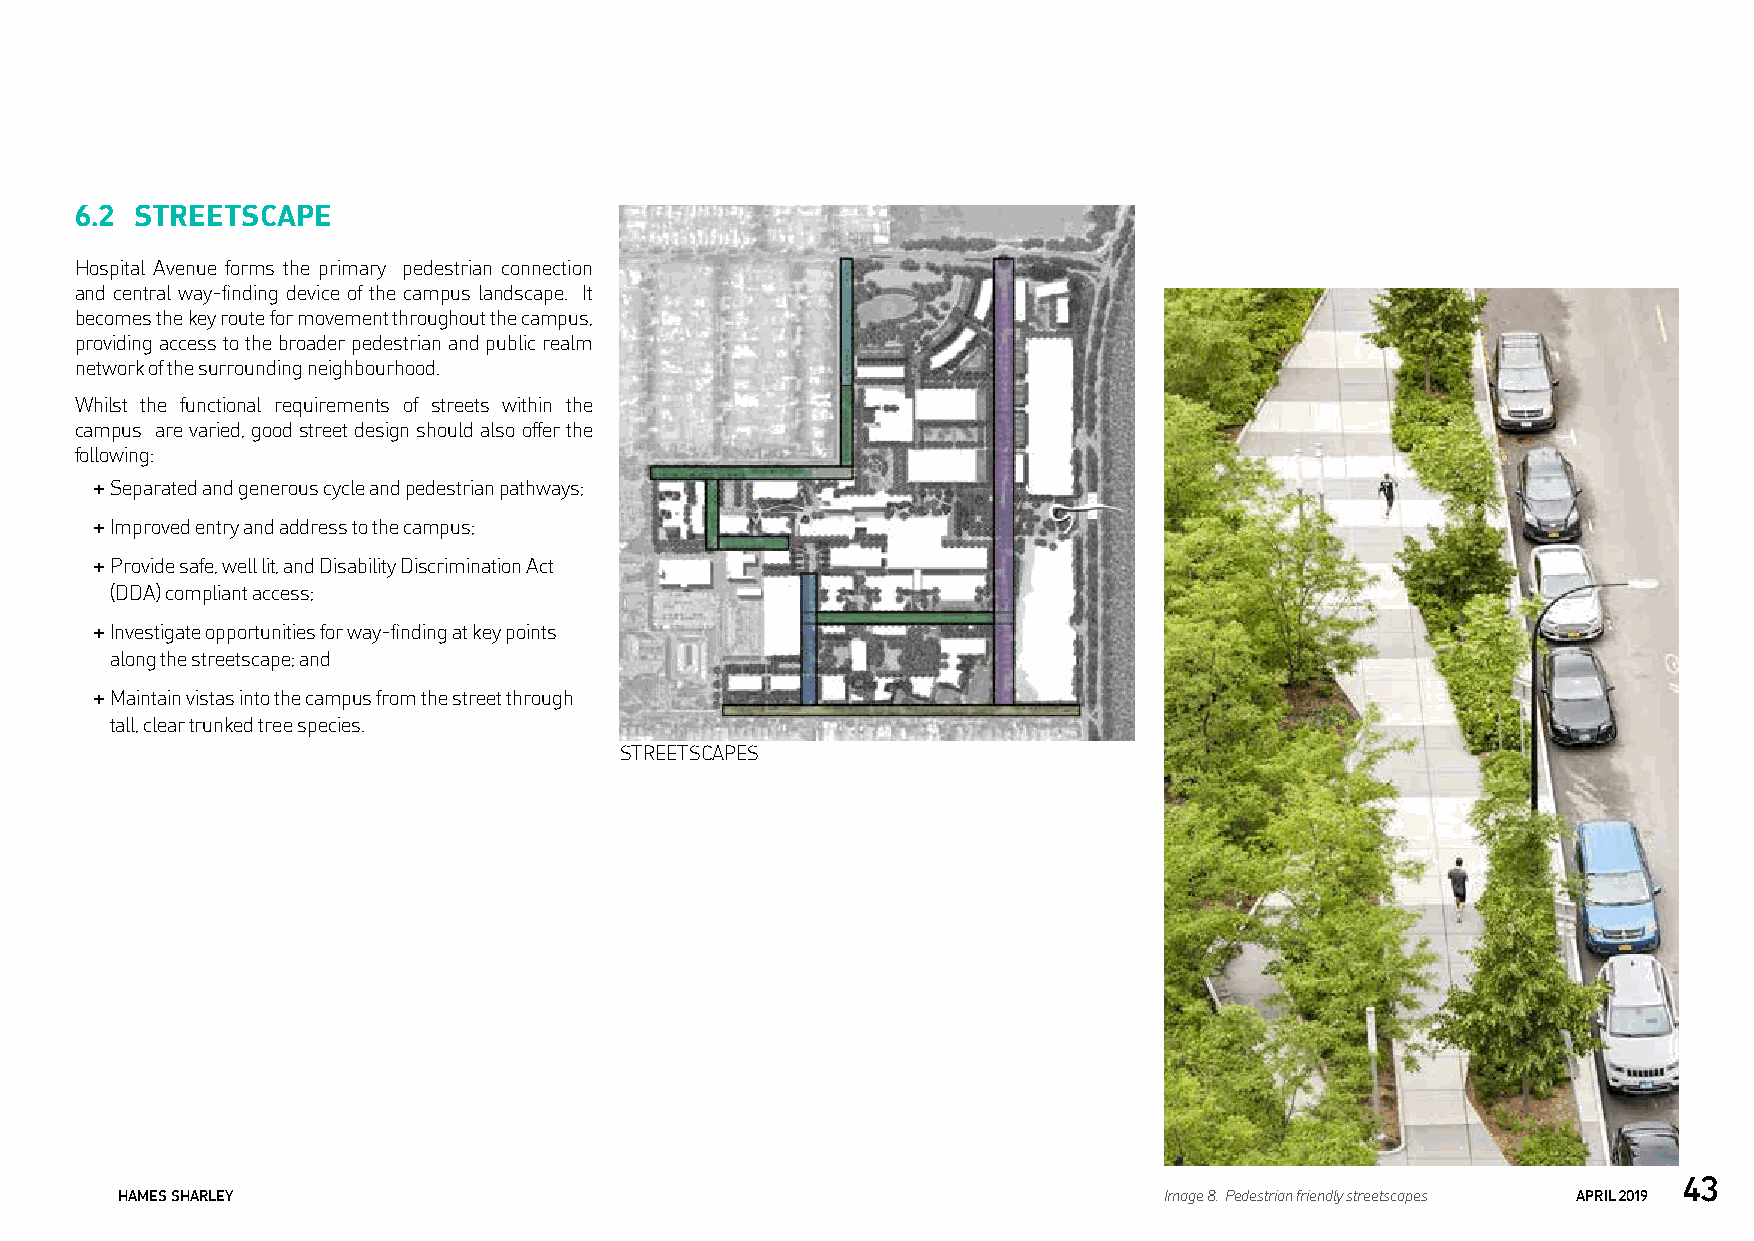
6.2 STREETSCAPE
 Hospital Avenue forms the primary pedestrian connection
 and central way-finding device of the campus landscape. It
 becomes the key route for movement throughout the campus,
 providing access to the broader pedestrian and public realm
 network of the surrounding neighbourhood.
 Whilst the functional requirements of streets within the
 campus are varied, good street design should also offer the
 following:
 + Separated and generous cycle and pedestrian pathways;
 + Improved entry and address to the campus;
 + Provide safe, well lit, and Disability Discrimination Act
 (DDA) compliant access;
 + Investigate opportunities for way-finding at key points
 along the streetscape; and
 + Maintain vistas into the campus from the street through
 tall, clear trunked tree species.
 STREETSCAPES
 43
 HAMES SHARLEY                                                        Image 8. Pedestrian friendly streetscapes APRIL 2019